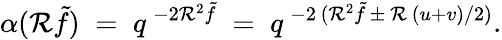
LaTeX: \alpha(\mathcal{R}\tilde{{f}})\; =\; q^{\, -2\mathcal{R}^{2}\tilde{{f}}}\; =\; q^{\, -2\, (\mathcal{R}^{2}\tilde{{f}}\, \pm\, \mathcal{R}\, (u+v)/2)}.